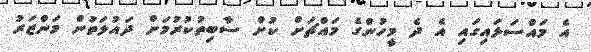
އެ މައްސަލައިގައި އެ ދެ މީހުންގެ މައްޗަށް ކުށް ސާބިތުކުރުމަށް ދައުލަތުން މަންޒަރު